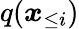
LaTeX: q(\boldsymbol{x}_{\le i})